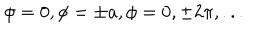
\phi = 0 , \phi = \pm a , \phi = 0 , \pm 2 \pi , . . .